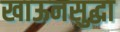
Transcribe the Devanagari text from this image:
खाऊनसुद्धा